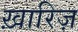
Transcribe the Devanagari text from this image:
ख़ारिज़